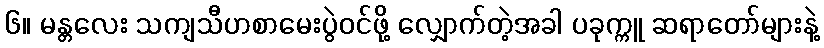
၆။ မန္တလေး သကျသီဟစာမေးပွဲဝင်ဖို့ လျှောက်တဲ့အခါ ပခုက္ကူ ဆရာတော်များနဲ့